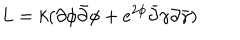
LaTeX: L = k ( \partial \phi \bar { \partial } \phi + e ^ { 2 \phi } \bar { \partial } \gamma \partial \bar { \gamma } )